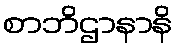
စာဘိဌာနာနိ